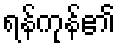
ရန်ကုန်၏